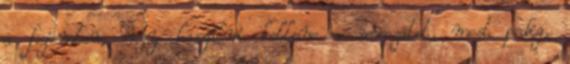
a fejemben, hogy kaszálni kellene a sorozatot, most pedig,